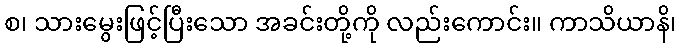
စ၊ သားမွေးဖြင့်ပြီးသော အခင်းတို့ကို လည်းကောင်း။ ကာသိယာနိ၊